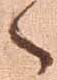
々